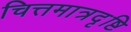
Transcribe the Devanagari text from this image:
चित्तमात्रदृष्टि